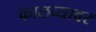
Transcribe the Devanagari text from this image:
कालव्यावर